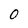
Character: 0